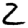
Digit: 2